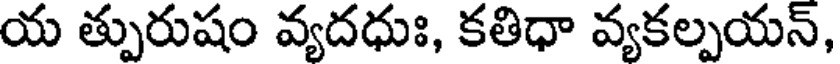
య త్పురుషం వ్యదధుః, కతిధా వ్యకల్పయన్,